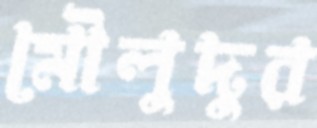
মৌলুদুর